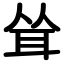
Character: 耸